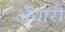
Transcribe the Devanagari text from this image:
अँधारी